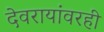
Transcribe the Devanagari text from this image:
देवरायांवरही